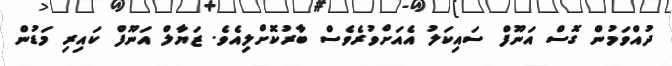
ދުއްވަމުން ގޮސް އަނޫފް ސައިކަލު އެއަށްވުރެވެސް ބާރުކޮށްލިއެވެ. ޒަޔާލް އަނޫފް ކައިރި މަޑުން